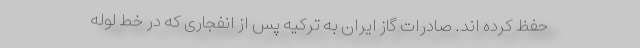
حفظ کرده اند. صادرات گاز ایران به ترکیه پس از انفجاری که در خط لوله